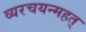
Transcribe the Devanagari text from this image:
व्यरचयन्महत्